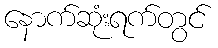
နောက်ဆုံးရက်တွင်